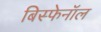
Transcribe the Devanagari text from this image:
बिस्फेनॉल